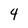
Character: 4